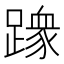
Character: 𫏢